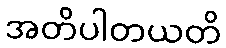
အတိပါတယတိ